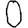
Digit: 0